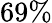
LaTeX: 69\%